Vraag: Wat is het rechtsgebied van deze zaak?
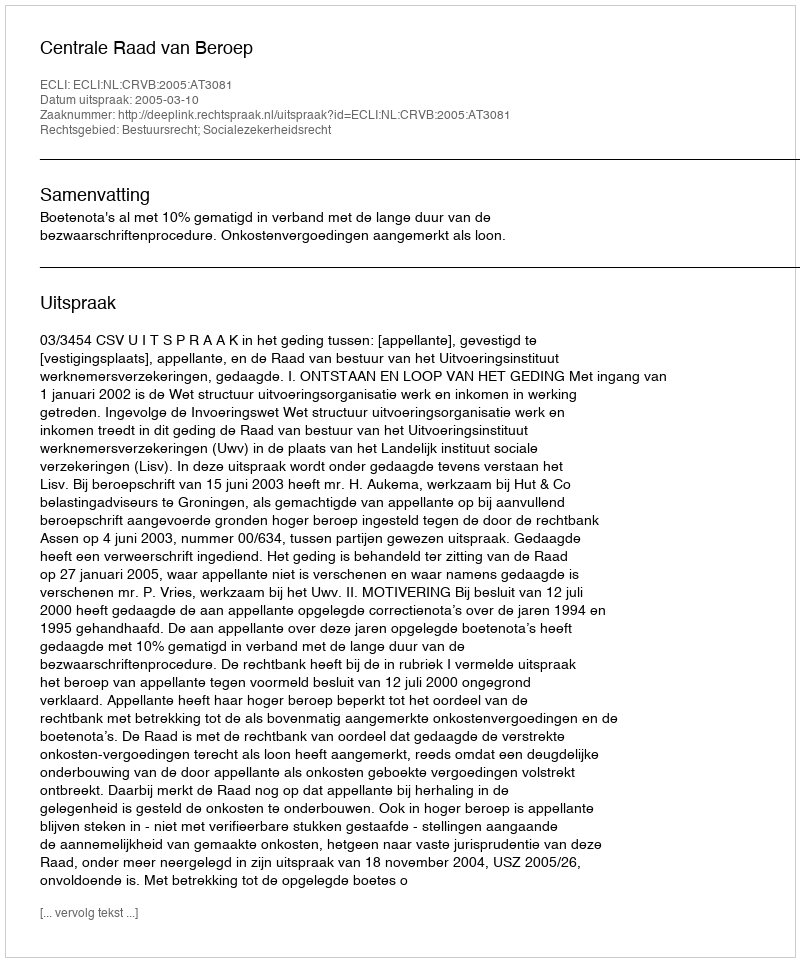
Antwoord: Bestuursrecht; Socialezekerheidsrecht